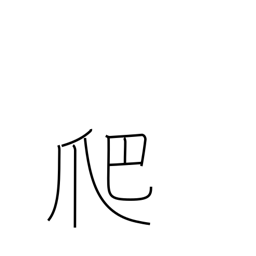
Meaning: crawl